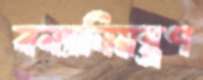
বন্যানিয়ন্ত্রণ